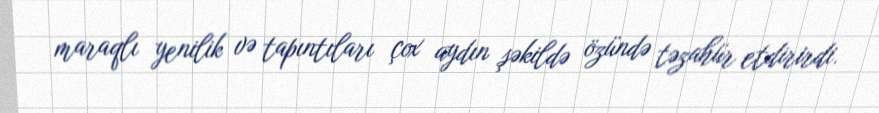
maraqlı yenilik və tapıntıları çox aydın şəkildə özündə təzahür etdirirdi.